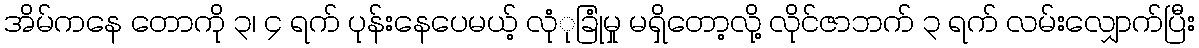
အိမ်ကနေ တောကို ၃၊ ၄ ရက် ပုန်းနေပေမယ့် လုံုခြုံမှု မရှိတော့လိုု့ လိုင်ဇာဘက် ၃ ရက် လမ်းလျှောက်ပြီး